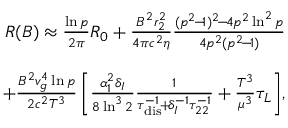
\begin{array} { r l r } & { } & { R ( B ) \approx \frac { \ln p } { 2 \pi } R _ { 0 } + \frac { B ^ { 2 } r _ { 2 } ^ { 2 } } { 4 \pi c ^ { 2 } \eta } \frac { ( p ^ { 2 } \! - \! 1 ) ^ { 2 } \! - \! 4 p ^ { 2 } \ln ^ { 2 } p } { 4 p ^ { 2 } ( p ^ { 2 } \! - \! 1 ) } } \\ & { } & \\ & { } & { \qquad \qquad + \frac { B ^ { 2 } v _ { g } ^ { 4 } \ln p } { 2 c ^ { 2 } T ^ { 3 } } \left[ \frac { \alpha _ { 1 } ^ { 2 } \delta _ { I } } { 8 \ln ^ { 3 } 2 } \frac { 1 } { \tau _ { \mathrm { d i s } } ^ { - 1 } \! + \! \delta _ { I } ^ { - 1 } \tau _ { 2 2 } ^ { - 1 } } + \frac { T ^ { 3 } } { \mu ^ { 3 } } \tau _ { L } \right] \! , } \end{array}